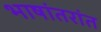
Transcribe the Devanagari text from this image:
भाषांतरांत